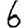
Digit: 6